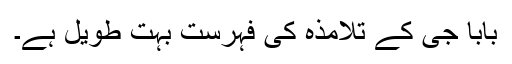
بابا جی کے تلامذہ کی فہرست بہت طویل ہے۔